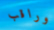
وراقب